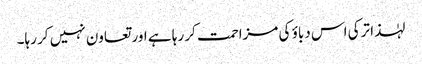
لہٰذا ترکی اس دباؤ کی مزاحمت کر رہا ہے اور تعاون نہیں کر رہا۔